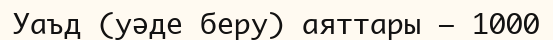
Уаъд (уәде беру) аяттары – 1000